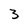
Character: 3